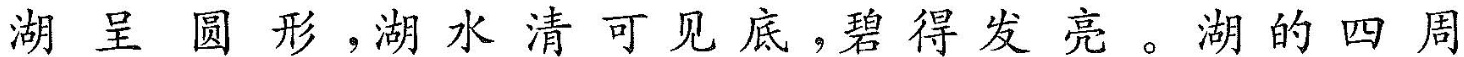
湖呈圆形，湖水清可见底，碧得发亮。湖的四周